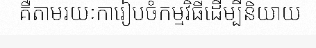
គឺតាមរយៈការៀបចំកម្មវិធីដើម្បីនិយាយ